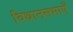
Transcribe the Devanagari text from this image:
विधानसभाएँ